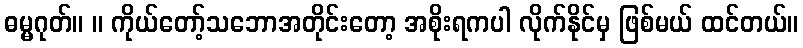
ဓမ္မဂုတ်။ ။ ကိုယ်တော့်သဘောအတိုင်းတော့ အစိုးရကပါ လိုက်နိုင်မှ ဖြစ်မယ် ထင်တယ်။